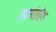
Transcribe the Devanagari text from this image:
स्वर्गलोग